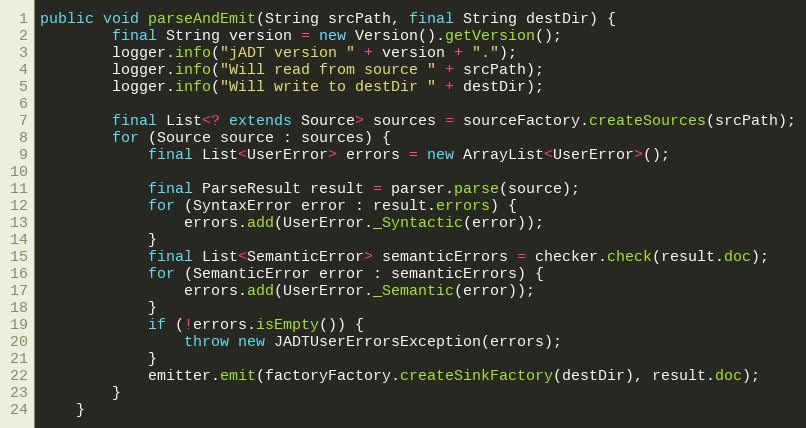
Language: Java
public void parseAndEmit(String srcPath, final String destDir) {
    	final String version = new Version().getVersion();
    	logger.info("jADT version " + version + ".");
    	logger.info("Will read from source " + srcPath);
    	logger.info("Will write to destDir " + destDir);

        final List<? extends Source> sources = sourceFactory.createSources(srcPath);
        for (Source source : sources) {
            final List<UserError> errors = new ArrayList<UserError>();

            final ParseResult result = parser.parse(source);
            for (SyntaxError error : result.errors) {
                errors.add(UserError._Syntactic(error));
            }
            final List<SemanticError> semanticErrors = checker.check(result.doc);
            for (SemanticError error : semanticErrors) {
                errors.add(UserError._Semantic(error));
            }
            if (!errors.isEmpty()) {
                throw new JADTUserErrorsException(errors);
            }
            emitter.emit(factoryFactory.createSinkFactory(destDir), result.doc);
        }
    }